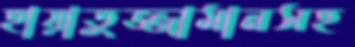
হায়াতুজ্জামানসহ